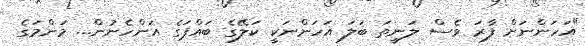
"އަހަންނަށް ފާރަ ވެސް ލަނީތަ ބަލަ އަހަންނަކީ ކަލޭގެ ބައްޕަގެ އަންހެނުން... މަންމަގެ